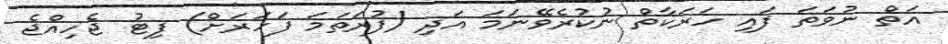
އަތް ނުވަތަ ފައި ހަރަކާތް ނުކުރެވޭނަމަ އަދި (ފުރަތަމަ ފަހަރަށް) ފިޓު ޖެހިއްޖެ